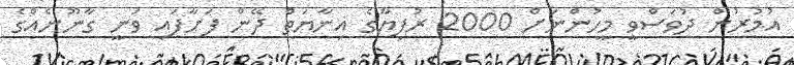
އުމުރުން ދުވަސްވީ މީހުންނަށް 2000 ރުފިޔާގެ އިނާޔަތް ދޭން ފަށާފައި ވަނީ ގާނޫނެއްގެ